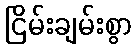
ငြိမ်းချမ်းစွာ